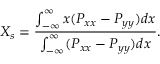
X _ { s } = \frac { \int _ { - \infty } ^ { \infty } x ( P _ { x x } - P _ { y y } ) d x } { \int _ { - \infty } ^ { \infty } ( P _ { x x } - P _ { y y } ) d x } .